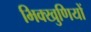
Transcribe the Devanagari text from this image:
भिक्खुणियों